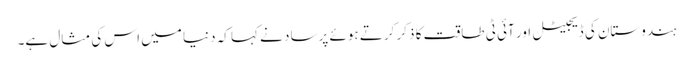
ہندوستان کی ڈیجیٹل اور آئی ٹی طاقت کا ذکر کرتے ہوئے پرساد نے کہا کہ دنیا میں اس کی مثال ہے۔